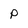
Character: P